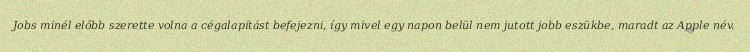
Jobs minél előbb szerette volna a cégalapítást befejezni, így mivel egy napon belül nem jutott jobb eszükbe, maradt az Apple név.